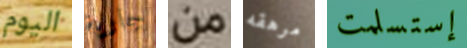
اليوم جارية من مرهقه إستسلمت